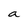
Character: a